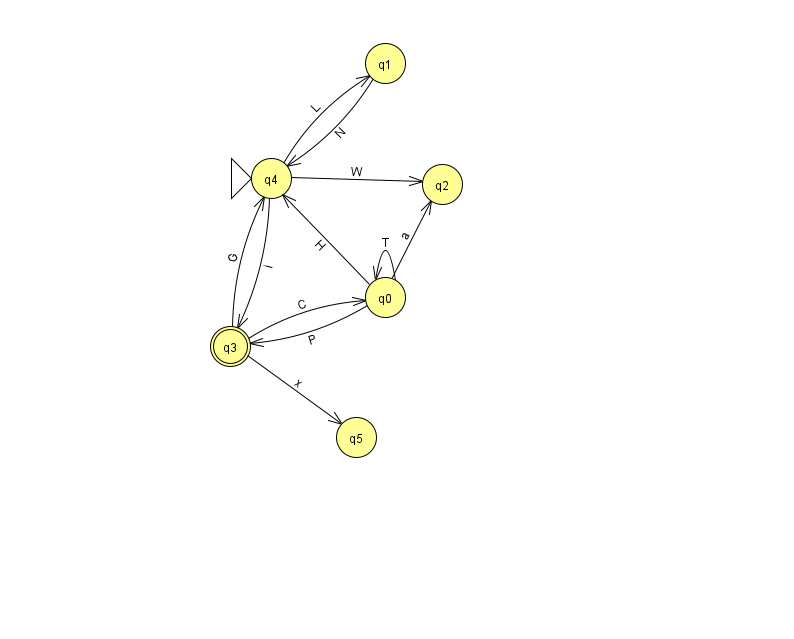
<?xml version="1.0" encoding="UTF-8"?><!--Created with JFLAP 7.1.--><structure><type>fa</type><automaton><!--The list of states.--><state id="0" name="q0"><x>385.0</x><y>284.0</y></state><state id="1" name="q1"><x>385.0</x><y>50.0</y></state><state id="2" name="q2"><x>442.0</x><y>171.0</y></state><state id="3" name="q3"><x>230.0</x><y>333.0</y><final/></state><state id="4" name="q4"><x>271.0</x><y>165.0</y><initial/></state><state id="5" name="q5"><x>356.0</x><y>424.0</y></state><!--The list of transitions.--><transition><from>3</from><to>5</to><read>x</read></transition><transition><from>0</from><to>0</to><read>T</read></transition><transition><from>3</from><to>4</to><read>G</read></transition><transition><from>3</from><to>0</to><read>C</read></transition><transition><from>0</from><to>3</to><read>P</read></transition><transition><from>4</from><to>1</to><read>L</read></transition><transition><from>4</from><to>2</to><read>W</read></transition><transition><from>0</from><to>2</to><read>a</read></transition><transition><from>1</from><to>4</to><read>N</read></transition><transition><from>4</from><to>3</to><read>i</read></transition><transition><from>0</from><to>4</to><read>H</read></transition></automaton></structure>